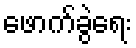
ဖောက်ခွဲရေး